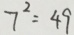
7 ^ { 2 } = 4 9